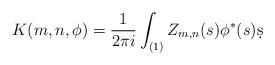
LaTeX: \begin{align*}K(m,n,\phi) = \frac{1}{2\pi i} \int_{(1)} Z_{m,n}(s) \phi^*(s) \d s \end{align*}